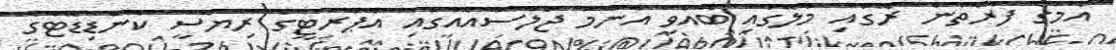
އެމްގެ ފަރާތުން ރޭގައި މާލޭގައި ބޭއްވި އާންމު ޖަލްސާއެއްގައި އެޕާރޓީގެ ރިޔާސީ ކެންޑިޑޭޓްގެ